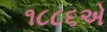
૧૮૮૬એ